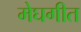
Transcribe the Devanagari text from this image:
मेघगीत